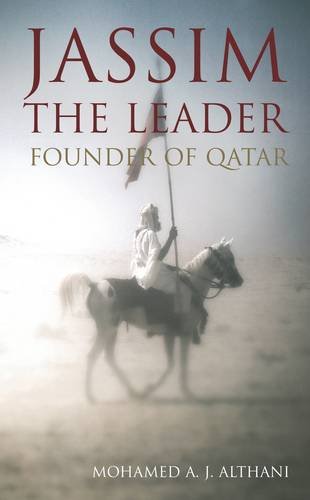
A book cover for Jassim - The Leader: Founder of Qatar; Mohamed A. J. Althani; History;